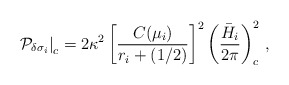
\begin{align*}\left. {\cal P}_{\delta\sigma_i} \right|_c = 2\kappa^2 \left[{C(\mu_i)\over r_i+(1/2)}\right]^2 \left( {\bar{H}_i \over 2\pi} \right)_c^2 \, ,\end{align*}